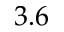
3 . 6